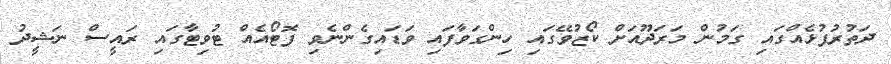
ދަތުރުފުޅެއްގައި ގަމުން މަރަދޫއަށް ކޯޒުވޭގައި ހިންގަވާފައި ވަޑައިގެންނެވި ފޮޓޯއެއް ޓުވިޓާގައި ރައީސް ނަޝީދު